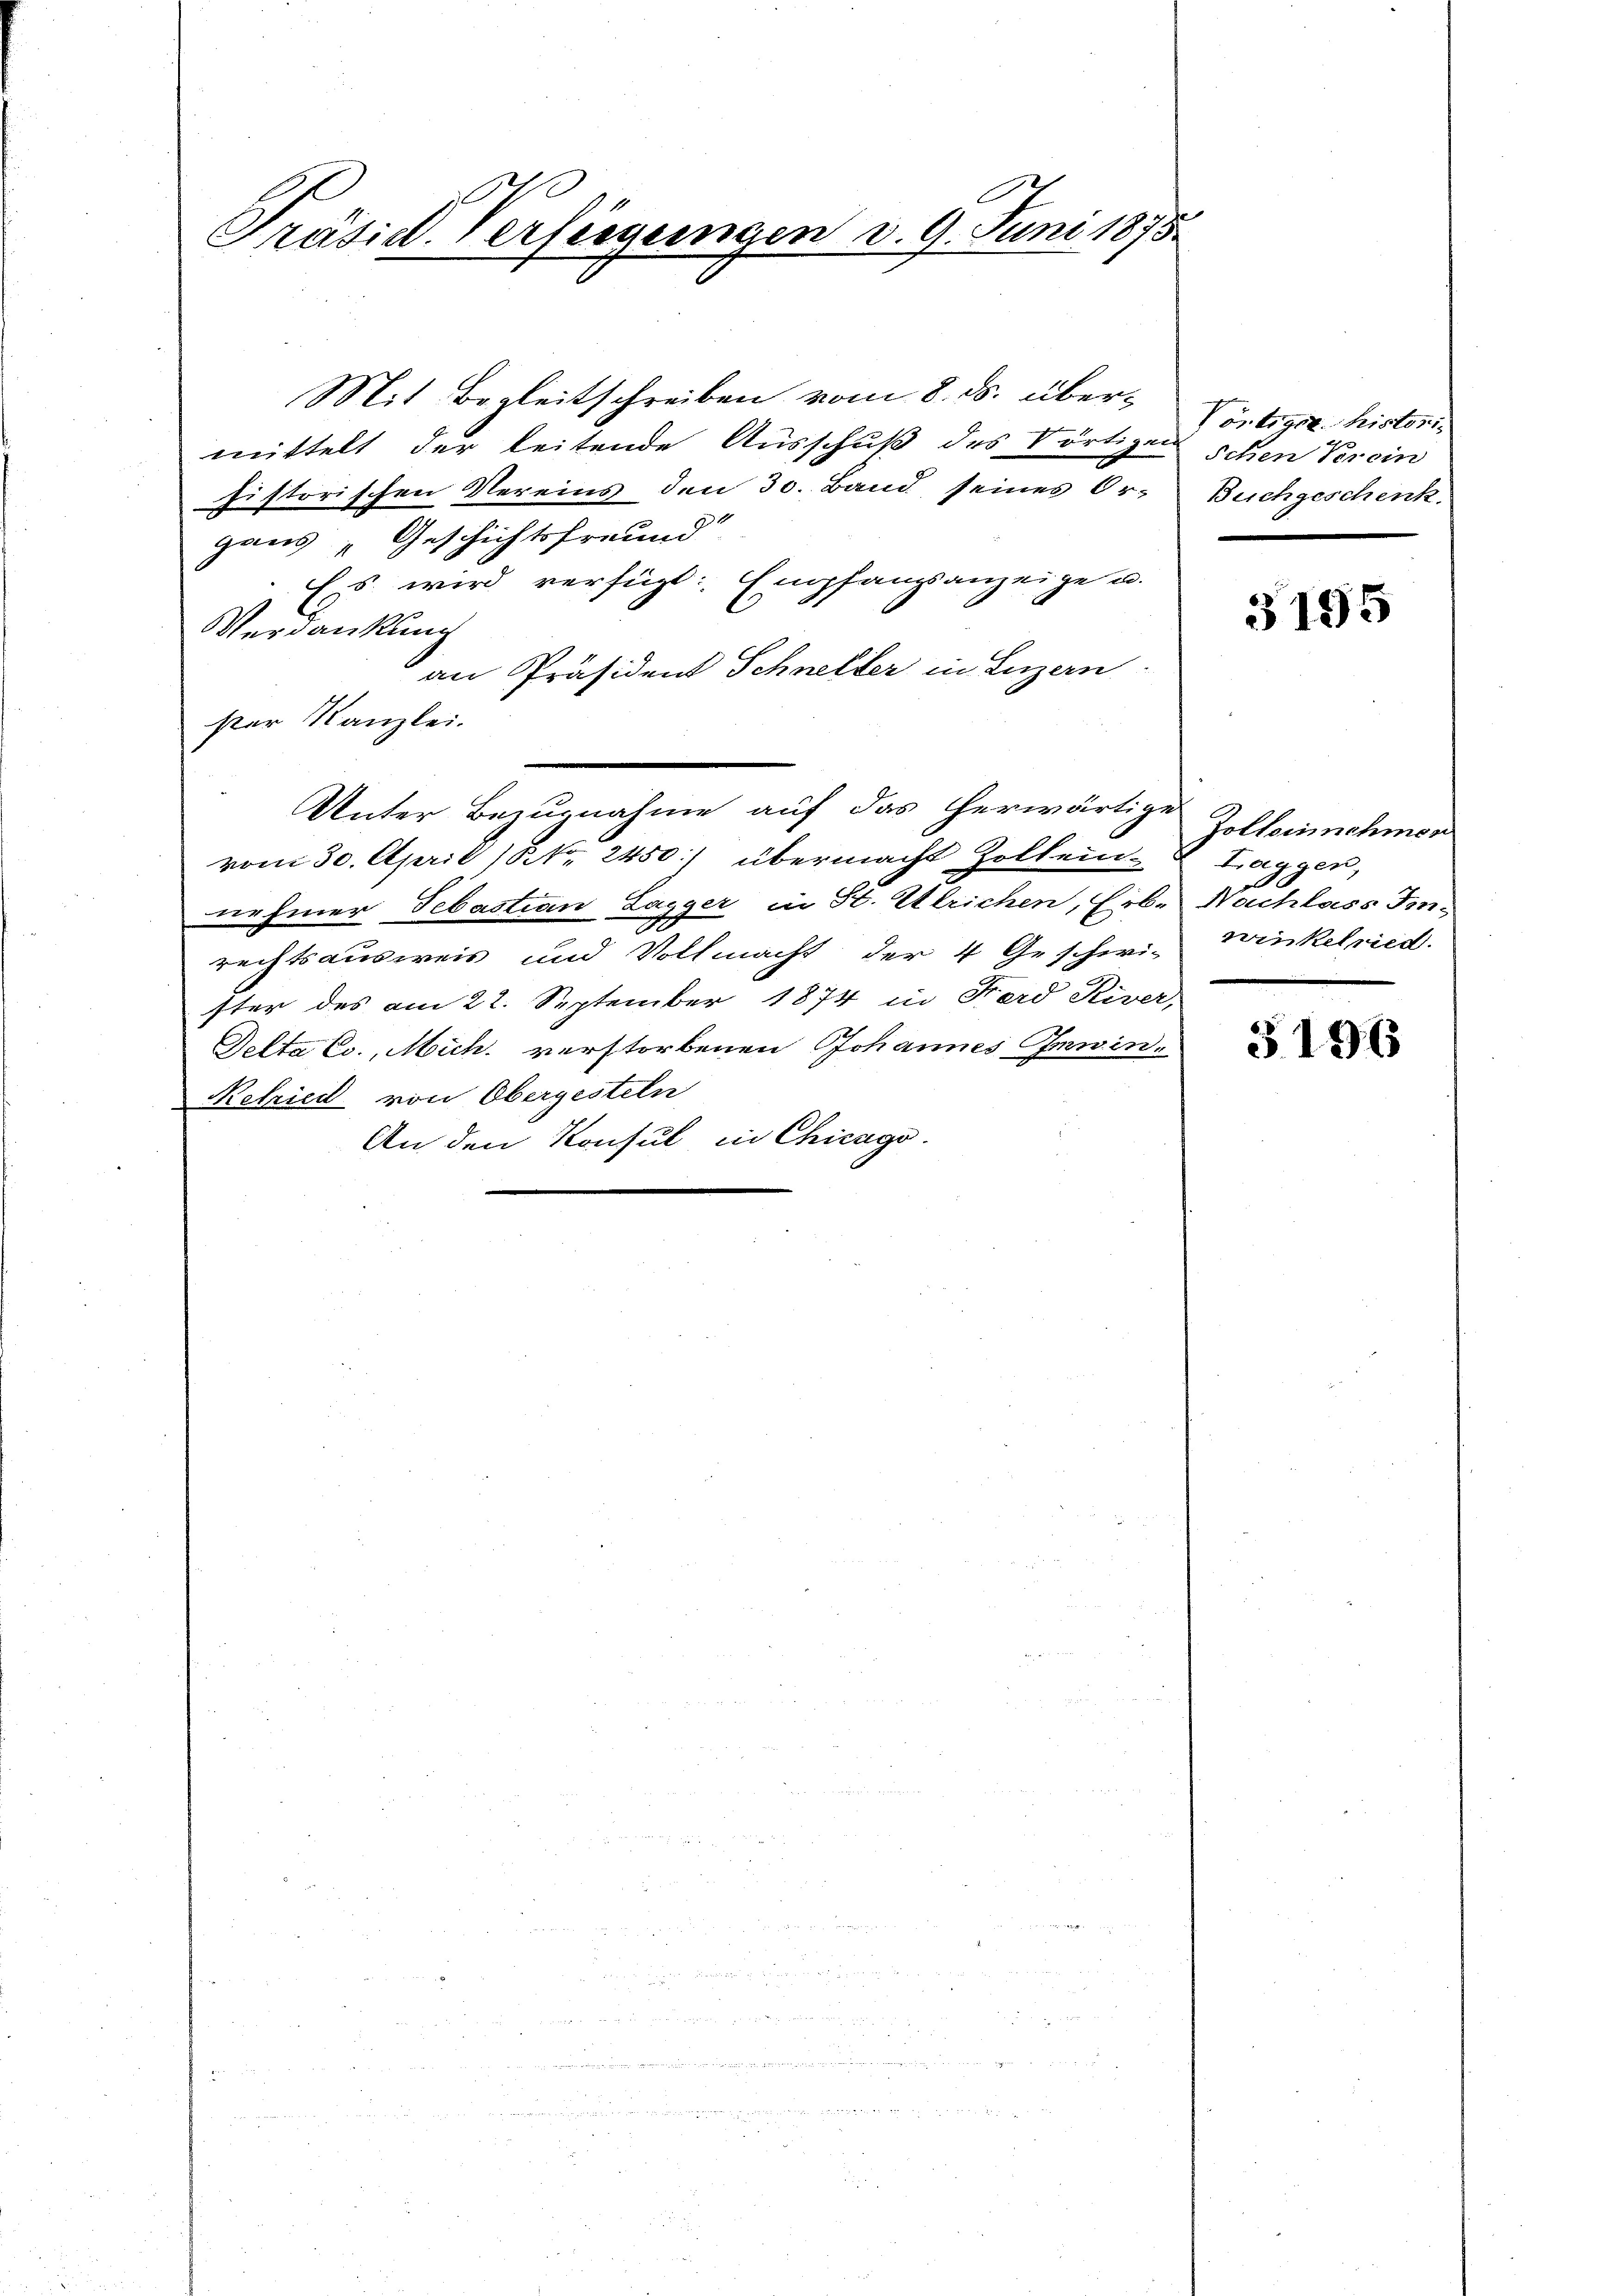
Präsid. Versiegungen d. 9. Juni 1875.
.

Mit Begleitschreiben vom 8. ds. übermittelt der leitende Ausschuß des Vörtigen schen Verein
historischen Vereins den 30. Band seines Orgaus „Geschichtsfreund
Ess wird verfügt: Empfangsanzeige u.
Verdankung
an Präsident Schneller in Luzern
ster Kanzlei.
Unter Bezugnahme auf das herwärtige
vom 30. April (NNo. 2450) übermacht Zollein-
nehmer Sebastian Lagger in St. Ettrichen, Erb. Nachlass Iinrechtsausweis und Vollmacht der 4 Geschwi- Winkelried.
ster des am 22. September 1874 in Ferd River,
Delta Co. Mich. verstorbenen Johannes Gewin¬
Relried von Obergesteln
An den Konsul in Chicago

Pontiget histori
Buchgeschenk

3195

Golternehmer
Laggen,
eber

3196